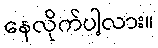
နေလိုက်ပါ့လား။